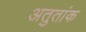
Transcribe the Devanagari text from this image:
अतुतांक